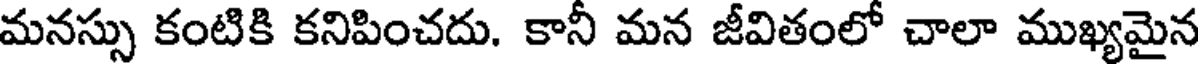
మనస్సు కంటికి కనిపించదు. కానీ మన జీవితంలో చాలా ముఖ్యమైన